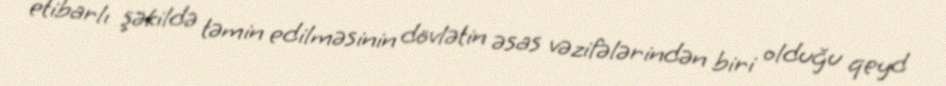
etibarlı şəkildə təmin edilməsinin dövlətin əsas vəzifələrindən biri olduğu qeyd